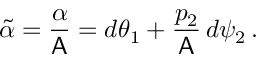
\widetilde { \alpha } = \frac { \alpha } { \mathsf { A } } = d \theta _ { 1 } + \frac { p _ { 2 } } { \mathsf { A } } \, d \psi _ { 2 } \, .